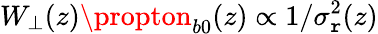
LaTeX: W_{\perp}(z)\propton_{b0}(z)\propto1/\sigma_{\mathtt{r}}^{2}(z)